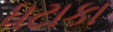
ધટાકા